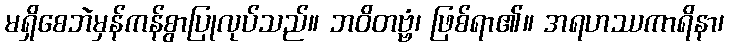
မရှိစေဘဲမှန်ကန်စွာပြုလုပ်သည်။ ဘဝိတဗ္ဗံ၊ ဖြစ်ရာ၏။ အရဟဿကာရိနာ၊